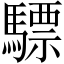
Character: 驃